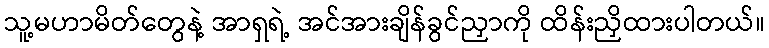
သူ့မဟာမိတ်တွေနဲ့ အာရှရဲ့ အင်အားချိန်ခွင်ညှာကို ထိန်းညှိထားပါတယ်။